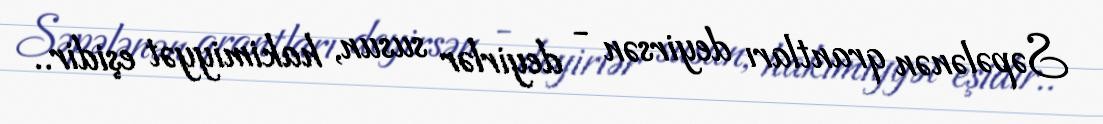
Səpələnən qrantları deyirsən - deyirlər susun, hakimiyyət eşidir..